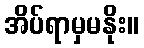
အိပ်ရာမှမနိုး။